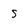
Character: S